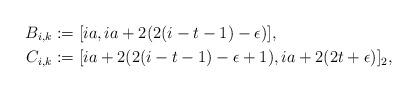
LaTeX: \begin{align*}B_{i,k} & := [ia, ia + 2 (2 (i-t-1) - \epsilon)], \\C_{i,k} & := [ia + 2 (2 (i-t-1) - \epsilon +1), ia + 2 (2t + \epsilon)]_2,\end{align*}